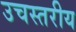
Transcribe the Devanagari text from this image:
उचस्तरीय